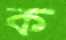
ক